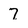
Character: 7